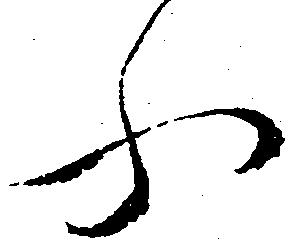
ふ